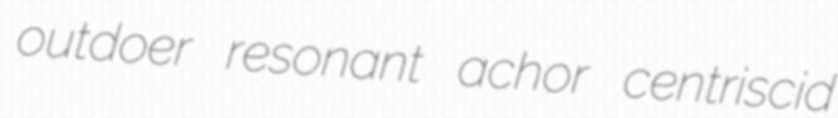
outdoer resonant achor centriscid